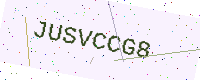
Text: JUSVCCG8